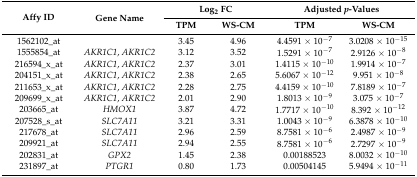
<table><thead><tr><td rowspan="2"><b>Affy ID</b></td><td rowspan="2"><b>Gene Name</b></td><td colspan="2"><b>Log<sub>2</sub> FC</b></td><td colspan="2"><b>Adjusted <i>p</i>-Values</b></td></tr><tr><td><b>TPM</b></td><td><b>WS-CM</b></td><td><b>TPM</b></td><td><b>WS-CM</b></td></tr></thead><tbody><tr><td>1562102_at</td><td></td><td>3.45</td><td>4.96</td><td>4.4591 × 10<sup>−7</sup></td><td>3.0208 × 10<sup>−15</sup></td></tr><tr><td>1555854_at</td><td><i>AKR1C1</i>, <i>AKR1C2</i></td><td>3.12</td><td>3.52</td><td>1.5291 × 10<sup>−7</sup></td><td>2.9126 × 10<sup>−8</sup></td></tr><tr><td>216594_x_at</td><td><i>AKR1C1</i>, <i>AKR1C2</i></td><td>2.37</td><td>3.01</td><td>1.4115 × 10<sup>−10</sup></td><td>1.9914 × 10<sup>−7</sup></td></tr><tr><td>204151_x_at</td><td><i>AKR1C1</i>, <i>AKR1C2</i></td><td>2.38</td><td>2.65</td><td>5.6067 × 10<sup>−12</sup></td><td>9.951 × 10<sup>−8</sup></td></tr><tr><td>211653_x_at</td><td><i>AKR1C1</i>, <i>AKR1C2</i></td><td>2.28</td><td>2.75</td><td>4.4159 × 10<sup>−10</sup></td><td>7.8189 × 10<sup>−7</sup></td></tr><tr><td>209699_x_at</td><td><i>AKR1C1</i>, <i>AKR1C2</i></td><td>2.01</td><td>2.90</td><td>1.8013 × 10<sup>−9</sup></td><td>3.075 × 10<sup>−7</sup></td></tr><tr><td>203665_at</td><td><i>HMOX1</i></td><td>3.87</td><td>4.72</td><td>1.7717 × 10<sup>−10</sup></td><td>8.392 × 10<sup>−12</sup></td></tr><tr><td>207528_s_at</td><td><i>SLC7A11</i></td><td>3.21</td><td>3.31</td><td>1.0043 × 10<sup>−9</sup></td><td>6.3878 × 10<sup>−10</sup></td></tr><tr><td>217678_at</td><td><i>SLC7A11</i></td><td>2.96</td><td>2.59</td><td>8.7581 × 10<sup>−6</sup></td><td>2.4987 × 10<sup>−9</sup></td></tr><tr><td>209921_at</td><td><i>SLC7A11</i></td><td>2.94</td><td>2.55</td><td>8.7581 × 10<sup>−6</sup></td><td>2.7297 × 10<sup>−9</sup></td></tr><tr><td>202831_at</td><td><i>GPX2</i></td><td>1.45</td><td>2.38</td><td>0.00188523</td><td>8.0032 × 10<sup>−10</sup></td></tr><tr><td>231897_at</td><td><i>PTGR1</i></td><td>0.80</td><td>1.73</td><td>0.00504145</td><td>5.9494 × 10<sup>−11</sup></td></tr></tbody></table>